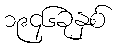
၁၉၄၆ခုနှစ်